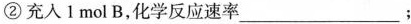
②充入l mol B，化学反应速率___；